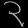
Digit: ၃